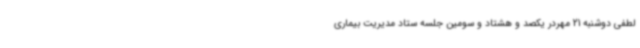
لطفی دوشنبه 21 مهردر یکصد و هشتاد و سومین جلسه ستاد مدیریت بیماری